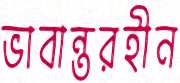
ভাবান্তরহীন